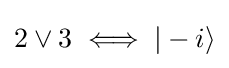
2\lor 3\iff |-i\rangle